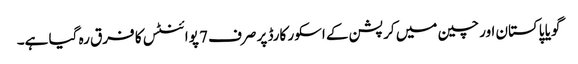
گویا پاکستان اور چین میں کرپشن کے اسکور کارڈ پر صرف 7 پوائنٹس کا فرق رہ گیا ہے۔